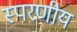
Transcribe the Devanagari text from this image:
स्परणीय